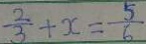
\frac { 2 } { 3 } + x = \frac { 5 } { 6 }